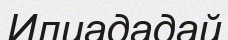
Илиададай